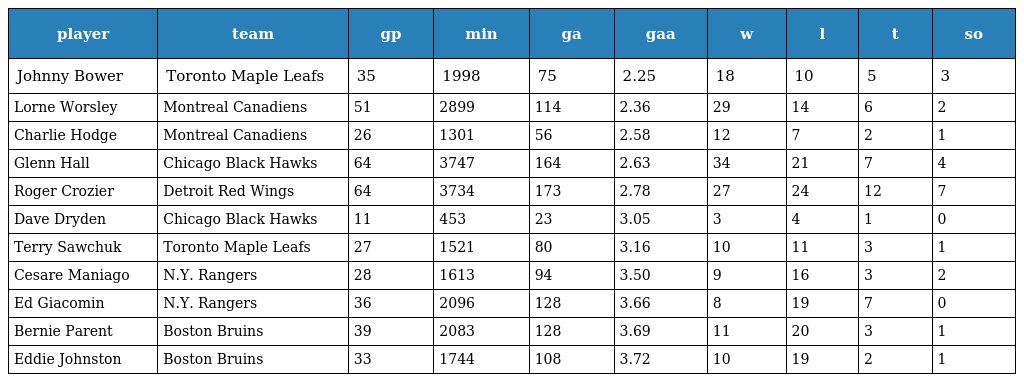
| player | team | gp | min | ga | gaa | w | l | t | so |
 | --- | --- | --- | --- | --- | --- | --- | --- | --- | --- |
 | Johnny Bower | Toronto Maple Leafs | 35 | 1998 | 75 | 2.25 | 18 | 10 | 5 | 3 |
 | Lorne Worsley | Montreal Canadiens | 51 | 2899 | 114 | 2.36 | 29 | 14 | 6 | 2 |
 | Charlie Hodge | Montreal Canadiens | 26 | 1301 | 56 | 2.58 | 12 | 7 | 2 | 1 |
 | Glenn Hall | Chicago Black Hawks | 64 | 3747 | 164 | 2.63 | 34 | 21 | 7 | 4 |
 | Roger Crozier | Detroit Red Wings | 64 | 3734 | 173 | 2.78 | 27 | 24 | 12 | 7 |
 | Dave Dryden | Chicago Black Hawks | 11 | 453 | 23 | 3.05 | 3 | 4 | 1 | 0 |
 | Terry Sawchuk | Toronto Maple Leafs | 27 | 1521 | 80 | 3.16 | 10 | 11 | 3 | 1 |
 | Cesare Maniago | N.Y. Rangers | 28 | 1613 | 94 | 3.50 | 9 | 16 | 3 | 2 |
 | Ed Giacomin | N.Y. Rangers | 36 | 2096 | 128 | 3.66 | 8 | 19 | 7 | 0 |
 | Bernie Parent | Boston Bruins | 39 | 2083 | 128 | 3.69 | 11 | 20 | 3 | 1 |
 | Eddie Johnston | Boston Bruins | 33 | 1744 | 108 | 3.72 | 10 | 19 | 2 | 1 |